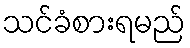
သင်ခံစားရမည်